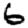
Digit: 6